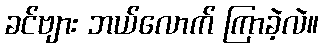
ခင်ဗျား ဘယ်လောက် ကြာခဲ့လဲ။